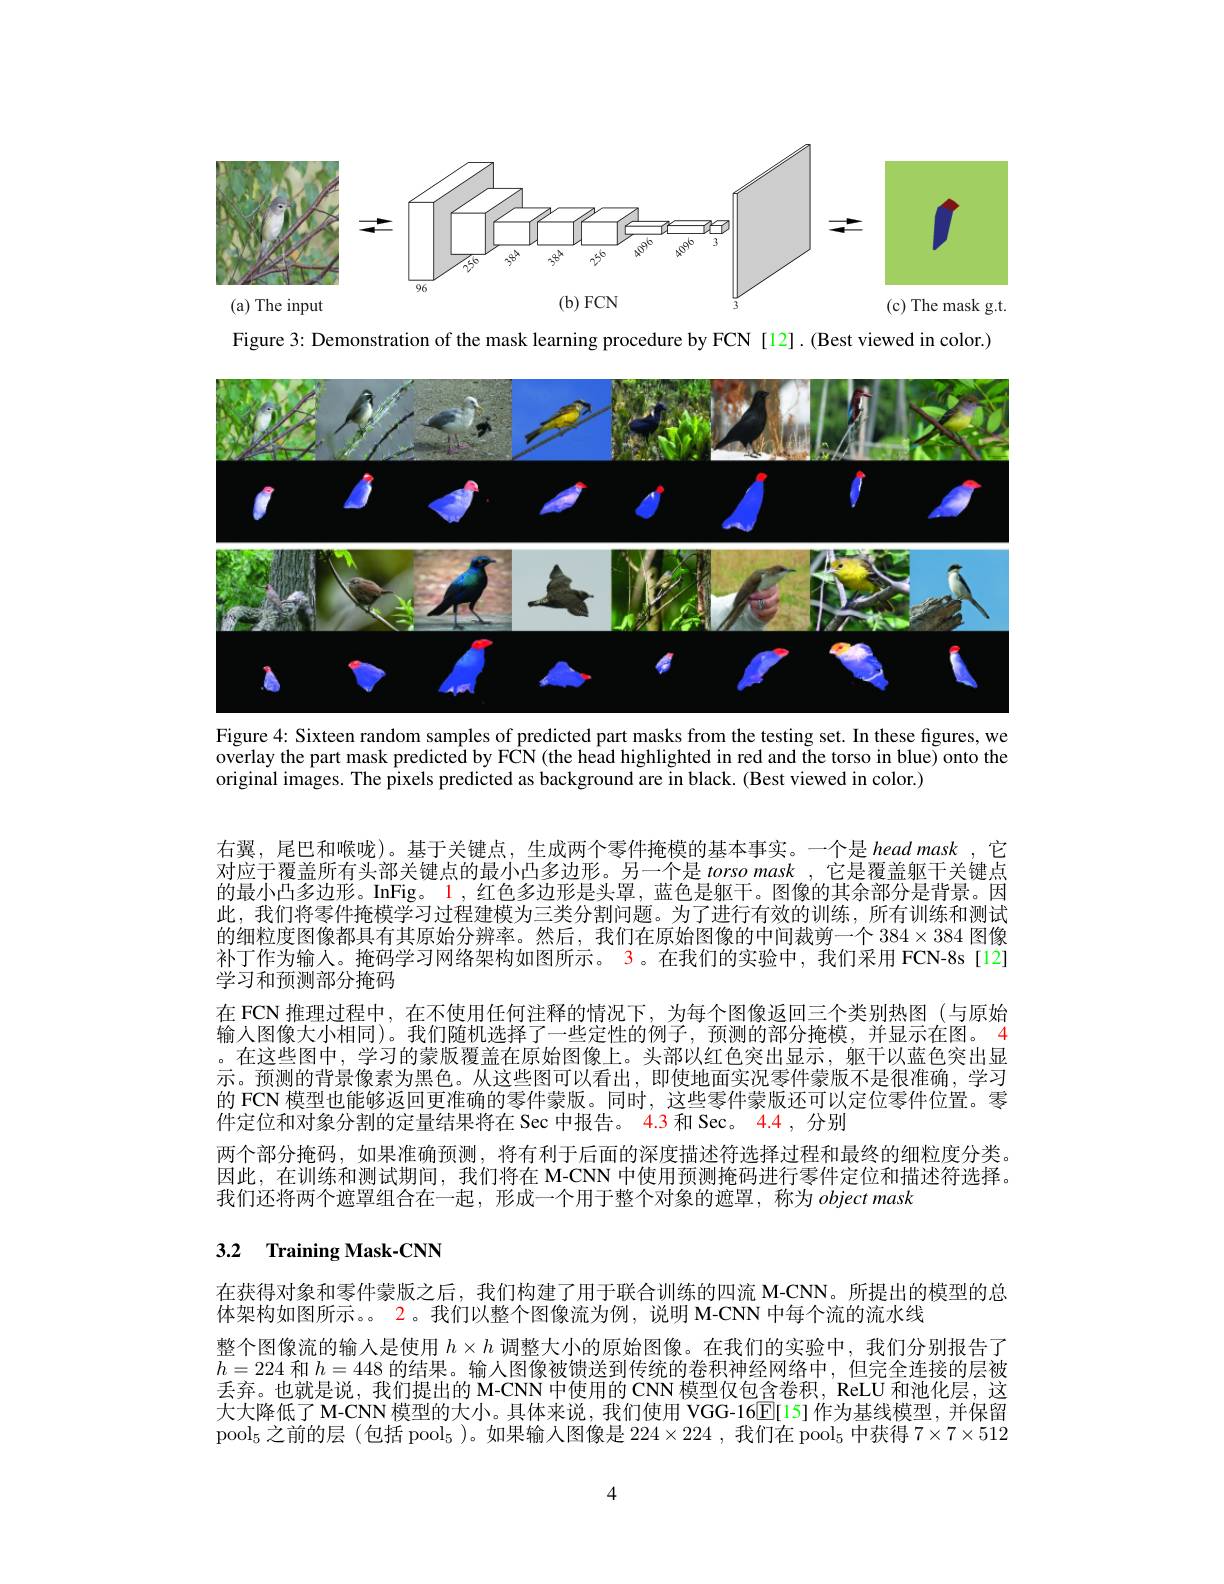
<FigureHere>

Figure 3: Demonstration of the mask learning procedure by FCN [12].(Best viewed in color.)

<FigureHere>
Figure 4: Sixteen random samples of predicted part masks from the testing set. In these figures, we

overlay the part mask predicted by F$\hat{\mathbf{CN}}$ (the head highlighted in red and the torso in blue) onto the
original images. The pixels predicted as background are in black. (Best viewed in color.)

右翼，尾巴和喉咙)。基于关键点，生成两个零件掩模的基本事实。一个是 head mask,它对应于覆盖所有头部关键点的最小凸多边形。另一个是 torso mask ,它是覆盖躯干关键点的最小凸多边形。InFig。1 ,红色多边形是头罩，蓝色是躯干。图像的其余部分是背景。因此，我们将零件掩模学习过程建模为三类分割问题。为了进行有效的训练，所有训练和测试的细粒度图像都具有其原始分辨率。然后，我们在原始图像的中间裁剪一个$384\times384$图像补丁作为输人。掩码学习网络架构如图所示。3。在我们的实验中，我们采用 FCN-8s[12] 学习和预测部分掩码
在 FCN 推理过程中，在不使用任何注释的情况下，为每个图像返回三个类别热图(与原始输入图像大小相同)。我们随机选择了一些定性的例子，预测的部分掩模，并显示在图。4 。在这些图中，学习的蒙版覆盖在原始图像上。头部以红色突出显示，躯干以蓝色突出显示。预测的背景像素为黑色。从这些图可以看出，即使地面实况零件蒙版不是很准确，学习的 FCN 模型也能够返回更准确的零件蒙版。同时，这些零件蒙版还可以定位零件位置。零件定位和对象分割的定量结果将在 Sec 中报告。4.3 和 Sec。4.4 , 分别
两个部分掩码，如果准确预测，将有利于后面的深度描述符选择过程和最终的细粒度分类。因此，在训练和测试期间，我们将在 M-CNN 中使用预测掩码进行零件定位和描述符选择。我们还将两个遮罩组合在一起，形成一个用于整个对象的遮罩，称为objectmask

## 3.2 Training Mask-CNN

在获得对象和零件蒙版之后，我们构建了用于联合训练的四流 M-CNN。所提出的模型的总
体架构如图所示。。2。我们以整个图像流为例，说明 M-CNN 中每个流的流水线
整个图像流的输入是使用$h\times h$调整大小的原始图像。在我们的实验中，我们分别报告了$h=224$和$h=448$的结果。输入图像被馈送到传统的卷积神经网络中，但完全连接的层被丢弃。也就是说，我们提出的 M-CNN 中使用的 CNN 模型仅包含卷积，ReLU 和池化层，这大大降低了 M-CNN 模型的大小。具体来说，我们使用 VGG-16[E[15] 作为基线模型，并保留pool$_5$之前的层(包括 pool$_5$)。如果输入图像是$224\times224$,我们在 pool$_5$中获得$7\times7\times512$

4